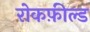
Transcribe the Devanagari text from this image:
रोकफ़ील्ड